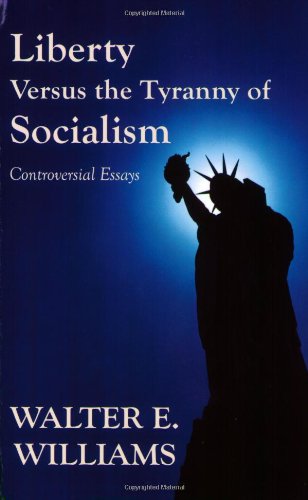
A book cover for Liberty Versus the Tyranny of Socialism: Controversial Essays; Walter E. Williams; Business & Money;